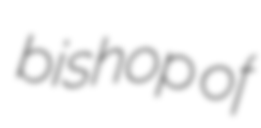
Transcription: bishop of